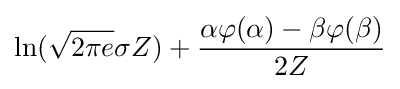
\ln({\sqrt {2\pi e}}\sigma Z)+{\frac {\alpha \varphi (\alpha )-\beta \varphi (\beta )}{2Z}}